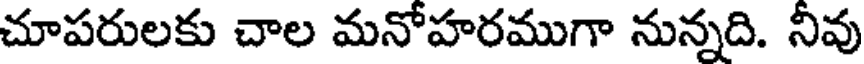
చూపరులకు చాల మనోహరముగా నున్నది. నీవు